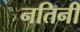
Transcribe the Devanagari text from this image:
नतिनी